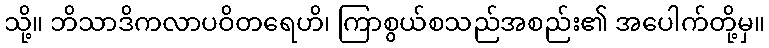
သို့။ ဘိသာဒိကလာပဝိတရေဟိ၊ ကြာစွယ်စသည်အစည်း၏ အပေါက်တို့မှ။